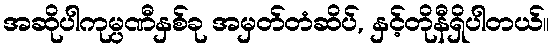
အဆိုပါကုမ္ပဏီနှစ်ခု အမှတ်တံဆိပ်, နှင့်တိုနီရှိပါတယ်။